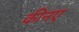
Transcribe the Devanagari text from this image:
कीनए